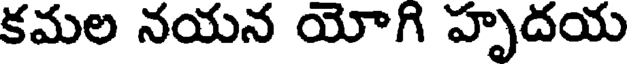
కమల నయన యోగి హృదయ